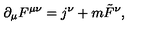
\partial _ { \mu } F ^ { \mu \nu } = j ^ { \nu } + m \tilde { F } ^ { \nu } ,